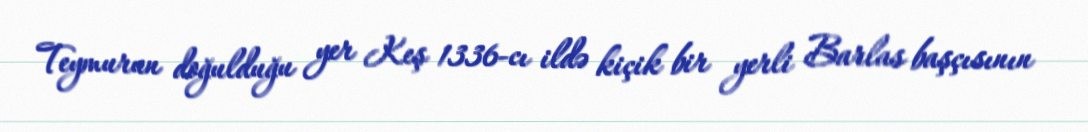
Teymurun doğulduğu yer Keş 1336-cı ildə kiçik bir yerli Barlas başçısının